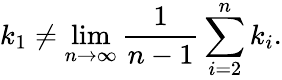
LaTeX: k_{1}\neq\operatorname*{lim}_{n\rightarrow\infty}\frac{1}{n-1}\sum_{i=2}^{n}k_{i}.